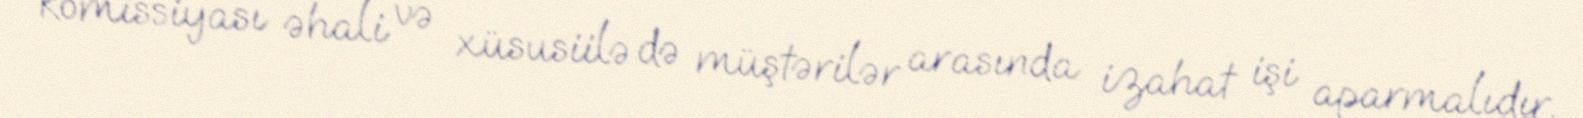
komissiyası əhali və xüsusiilə də müştərilər arasında izahat işi aparmalıdır.